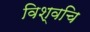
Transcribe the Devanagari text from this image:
विश्वचि